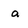
Character: a